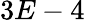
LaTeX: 3E-4